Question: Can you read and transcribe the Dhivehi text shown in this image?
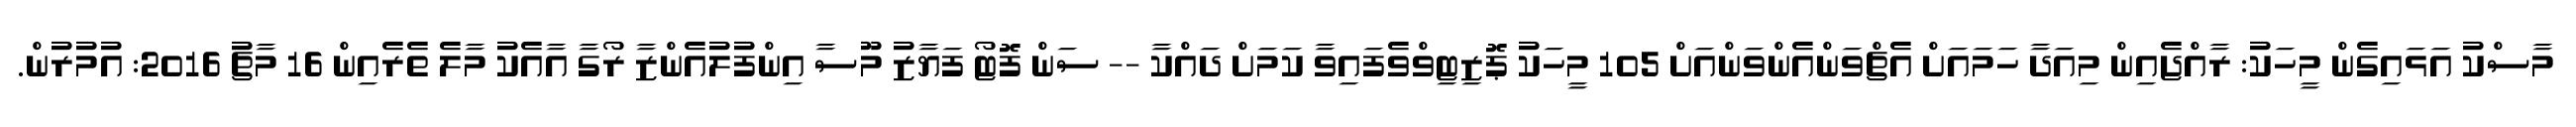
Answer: މާސްކު އަޅައިގެން މީހަކު: ރާއްޖެއިން މިއަދާ ހަމައަށް އެޗްވަންއެންވަންއަށް 105 މީހަކު ޕޮޒިޓިވްވެފައިވާ ކަމަށް ދައްކާ -- ސަން ފޮޓޯ ފަޔާޒު މޫސާ އިންފުލުއެންޒާ ރޯގާ އާއެކު މާލެ ތެރެއިން 16 މާޗު 2016: އުމުރުން.